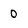
Character: 0